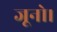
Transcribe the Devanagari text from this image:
जूनो।